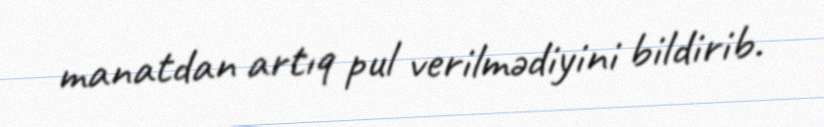
manatdan artıq pul verilmədiyini bildirib.